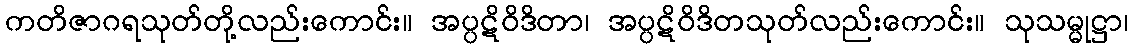
ကတိဇာဂရသုတ်တို့လည်းကောင်း။ အပ္ပဋိဝိဒိတာ၊ အပ္ပဋိဝိဒိတသုတ်လည်းကောင်း။ သုသမ္မုဋ္ဌာ၊